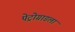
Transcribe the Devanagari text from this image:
पेट्रोग्राडला